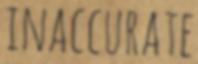
INACCURATE